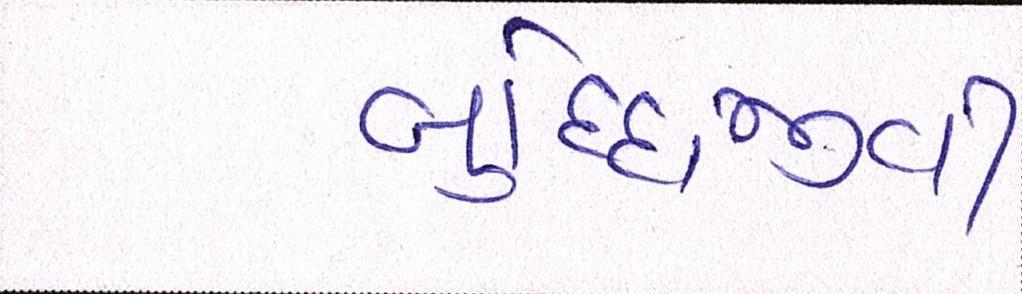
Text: બુધ્ધિજીવી